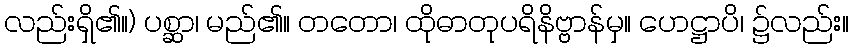
လည်းရှိ၏။) ပစ္ဆာ၊ မည်၏။ တတော၊ ထိုဓာတုပရိနိဗ္ဗာန်မှ။ ဟေဋ္ဌာပိ၊ ၌လည်း။